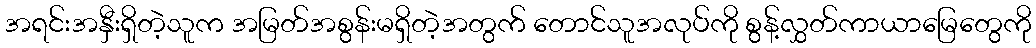
အရင်းအနှီးရှိတဲ့သူက အမြတ်အစွန်းမရှိတဲ့အတွက် တောင်သူအလုပ်ကို စွန့်လွှတ်ကာယာမြေတွေကို